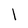
Character: l